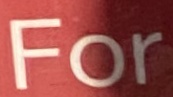
For